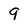
Character: 9